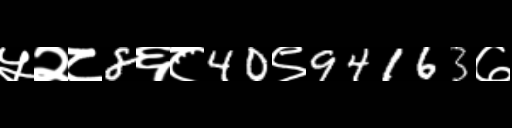
Text: ५२८8६८40९94163७